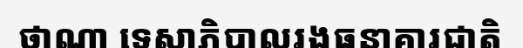
ថាណា ទេសាភិបាលរងធនាគារជាតិ